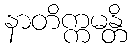
နာတိက္ကမန္တိ